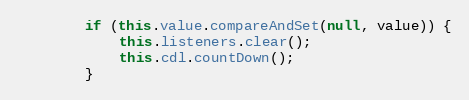
Language: Java
		if (this.value.compareAndSet(null, value)) {
			this.listeners.clear();
			this.cdl.countDown();
		}